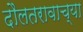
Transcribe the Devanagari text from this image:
दौलतरावाच्या